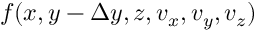
f ( x , y - \Delta y , z , v _ { x } , v _ { y } , v _ { z } )